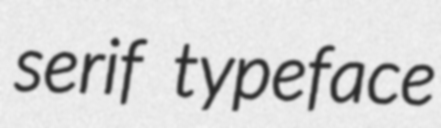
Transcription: serif typeface